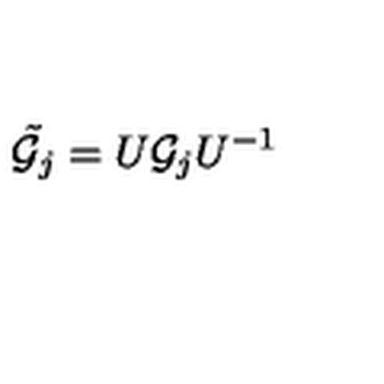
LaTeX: { \tilde { { \cal G } _ { j } } } = U { \cal G } _ { j } U ^ { - 1 }